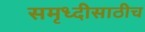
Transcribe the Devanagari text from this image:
समृध्दीसाठीच